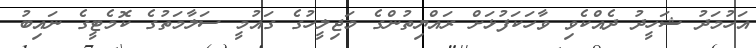
އަހުމަދު ޝަހީދު ދެއްކެވި ވާހަކަފުޅަށް ރައްޔިތުންގެ މަޖިލީހުގެ ގައުމީ ސަލާމަތުގެ ކޮމެޓީގެ ނައިބު